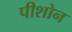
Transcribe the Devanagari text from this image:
पीशोन